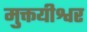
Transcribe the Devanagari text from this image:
मुक्तयीश्वर